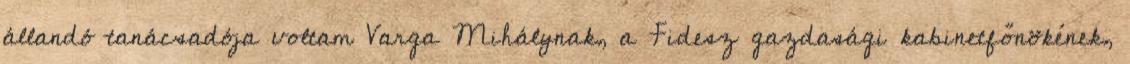
állandó tanácsadója voltam Varga Mi­hálynak, a Fidesz gazdasági kabinetfőnökének,